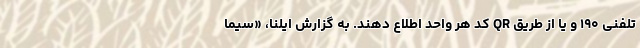
تلفنی ۱۹۰ و یا از طریق QR کد هر واحد اطلاع دهند. به گزارش ایلنا، «سیما